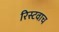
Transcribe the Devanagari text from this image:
रिस्टवाच